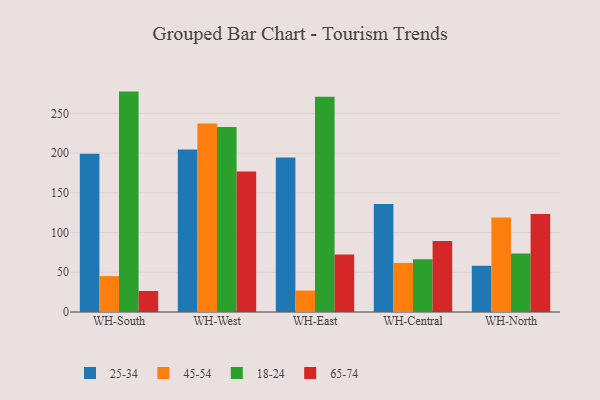
{"axis": {"x": "Warehouse", "y": "Budget (USD K)"}, "legend": ["18-24", "25-34", "45-54", "65-74"], "data": [{"x": "WH-South", "y": 199.1, "type": "25-34"}, {"x": "WH-South", "y": 45.2, "type": "45-54"}, {"x": "WH-South", "y": 277.4, "type": "18-24"}, {"x": "WH-South", "y": 26.4, "type": "65-74"}, {"x": "WH-West", "y": 204.5, "type": "25-34"}, {"x": "WH-West", "y": 237.3, "type": "45-54"}, {"x": "WH-West", "y": 232.9, "type": "18-24"}, {"x": "WH-West", "y": 176.8, "type": "65-74"}, {"x": "WH-East", "y": 194.5, "type": "25-34"}, {"x": "WH-East", "y": 27.0, "type": "45-54"}, {"x": "WH-East", "y": 270.9, "type": "18-24"}, {"x": "WH-East", "y": 72.5, "type": "65-74"}, {"x": "WH-Central", "y": 136.0, "type": "25-34"}, {"x": "WH-Central", "y": 61.8, "type": "45-54"}, {"x": "WH-Central", "y": 66.4, "type": "18-24"}, {"x": "WH-Central", "y": 89.4, "type": "65-74"}, {"x": "WH-North", "y": 58.3, "type": "25-34"}, {"x": "WH-North", "y": 119.0, "type": "45-54"}, {"x": "WH-North", "y": 73.6, "type": "18-24"}, {"x": "WH-North", "y": 123.4, "type": "65-74"}]}